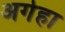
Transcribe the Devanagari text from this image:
अगेहा